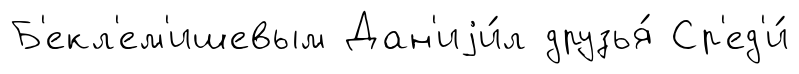
Б'екл'ем'ишевым Дан'иjи́л друзья́ Ср'ед'и́